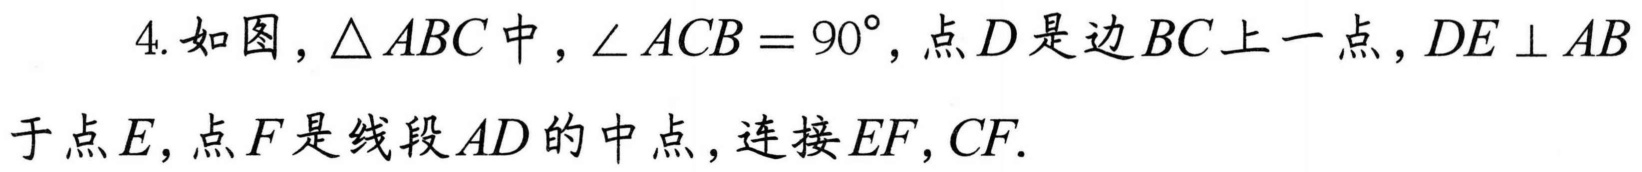
4. 如图，\(\triangle ABC\)中，\(\angle ACB = 90^{\circ}\)，点\(D\)是边\(BC\)上一点，\(DE\perp AB\)于点\(E\)，点\(F\)是线段\(AD\)的中点，连接\(EF,CF\).